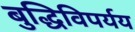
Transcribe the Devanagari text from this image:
बुद्धिविपर्यय